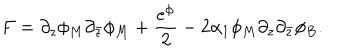
F = \partial _ { z } \phi _ { M } \partial _ { \bar { z } } \phi _ { M } + \frac { e ^ { \phi } } { 2 } - 2 \alpha _ { 1 } \phi _ { M } \partial _ { z } \partial _ { \bar { z } } \phi _ { B } .